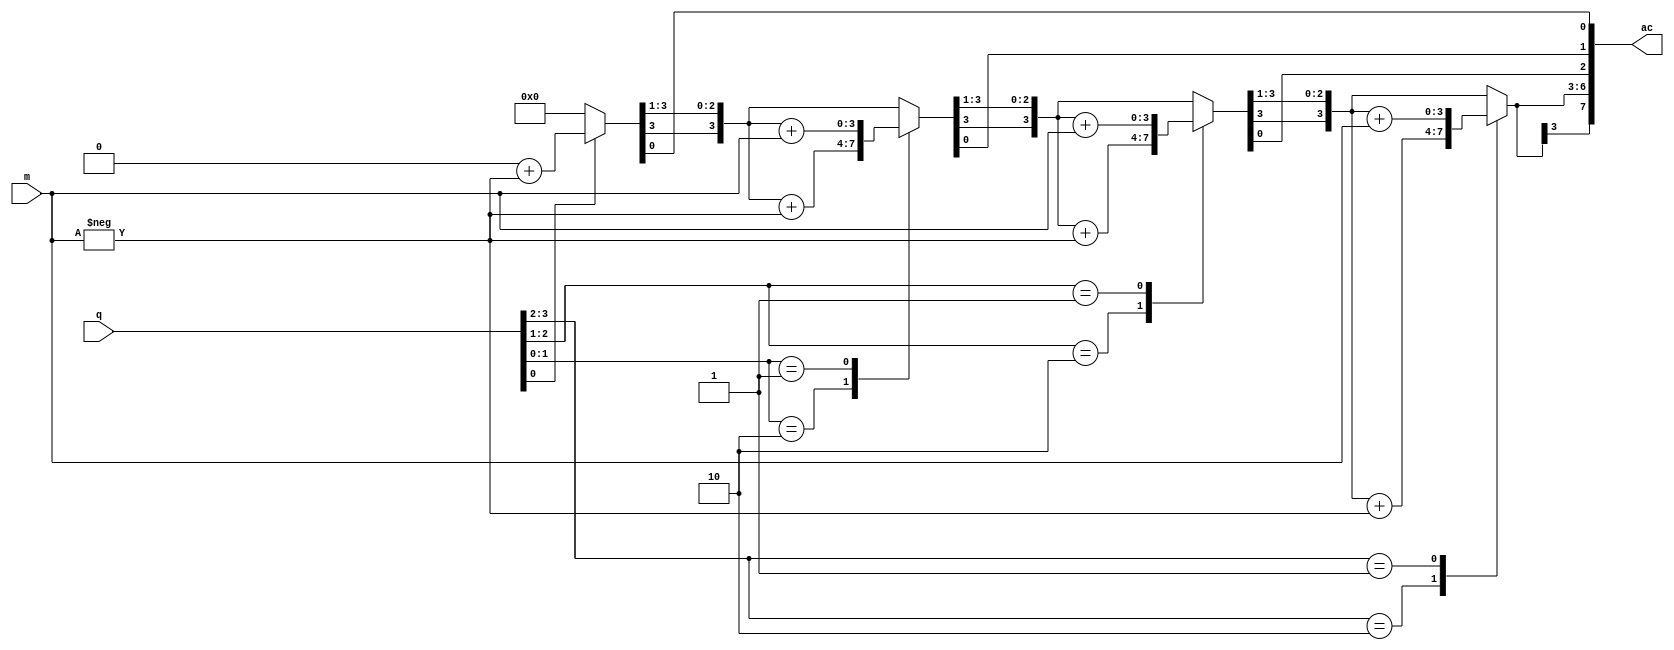
module boothmul(ac,m,q);
output reg [7:0]ac;
input [3:0]m,q;
integer n;
reg q1;
reg[3:0]m1;
reg [1:0]temp;

always@(m,q)
begin
 ac=8'd0;
 q1=1'b0;
 m1=-m;
 for(n=0;n<4;n=n+1)
 begin
  temp={q[n],q1};
  case(temp)
  2'b10 : ac[7:4]=ac[7:4]+m1;
  2'b01 : ac[7:4]=ac[7:4]+m;
  endcase
  ac=ac>>1;
  ac[7]=ac[6];
  q1=q[n];
 end
end
endmodule


module tb;
reg[3:0]m,q;
wire [7:0]ac;
boothmul multi1(ac,m,q);
initial begin
$display("\t\t\t M       Q         Accummulator");
$monitor($time," %b       %b         %d ",m,q,ac);
#0 m=4'd7;q=4'd3;
#10 m=4'd4;q=4'd6;
#10 m=4'd7;q=4'd2;
end
endmodule